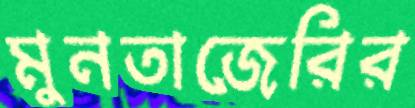
মুনতাজেরির